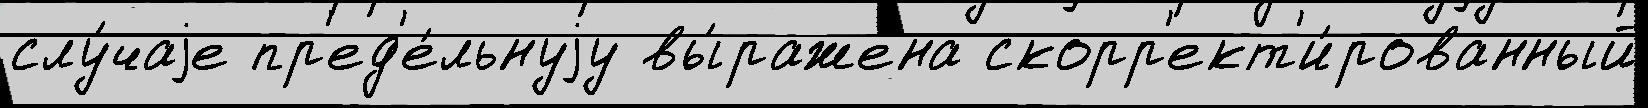
слу́чаjе пр'ед'е́льнуjу вы́ражена скорр'ект'и́рованный